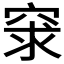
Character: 𥥽